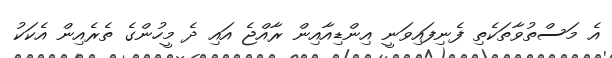
އެ މަސްތުވާތަކެތި ފެނިފައިވަނީ އިންޑިއާއިން ރާއްޖެ އައި ދެ މީހުންގެ ތެރެއިން އެކަކު